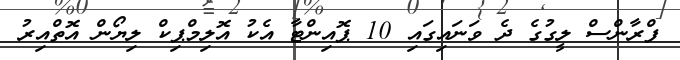
ފްރާންސް ލީގުގެ ދެ ވަނައިގައި 10 ޕޮއިންޓާ އެކު އޮލިމްޕިކް ލިޔޯން އޮތްއިރު